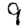
Digit: 9